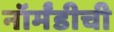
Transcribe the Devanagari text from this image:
नॉर्मंडीची